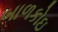
બાળકોઇ